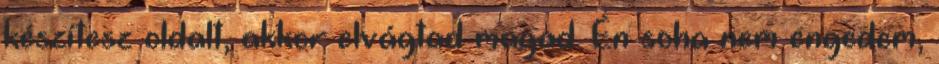
készítesz oldalt, akkor elvágtad magad. Én soha nem engedem,